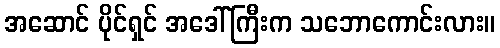
အဆောင် ပိုင်ရှင် အဒေါ်ကြီးက သဘောကောင်းလား။